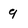
Character: 9